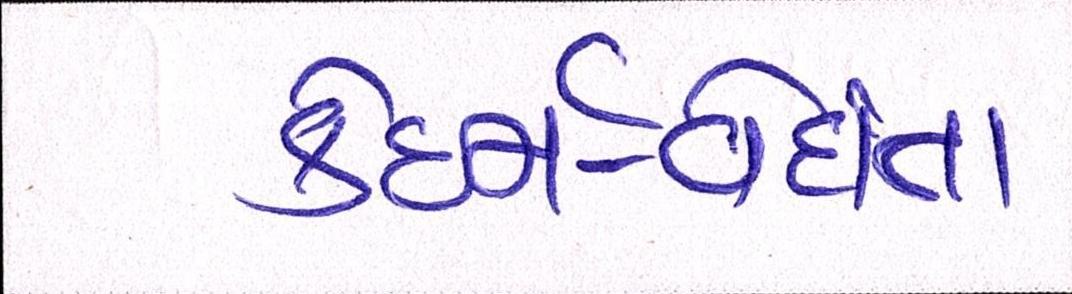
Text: કેઇર્ન-વેદાંતા